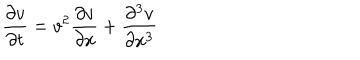
{ \frac { \partial v } { \partial t } } = v ^ { 2 } { \frac { \partial v } { \partial x } } + { \frac { \partial ^ { 3 } v } { \partial x ^ { 3 } } }